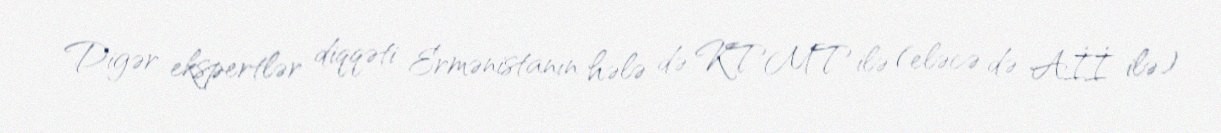
Digər ekspertlər diqqəti Ermənistanın hələ də KTMT ilə (eləcə də Aİİ ilə)